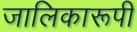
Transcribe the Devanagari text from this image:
जालिकारूपी